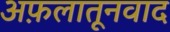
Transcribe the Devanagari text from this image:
अफ़लातूनवाद